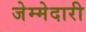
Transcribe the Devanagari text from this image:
जेम्मेदारी